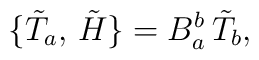
\bigl\{\tilde T_a,\,\tilde H\bigr\}=B_a^b\,\tilde T_b,